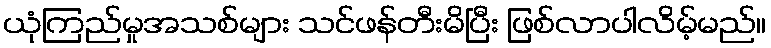
ယုံကြည်မှုအသစ်များ သင်ဖန်တီးမိပြီး ဖြစ်လာပါလိမ့်မည်။